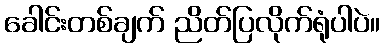
ခေါင်းတစ်ချက် ညိတ်ပြလိုက်ရုံပါပဲ။